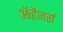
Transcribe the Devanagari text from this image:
ॲव्हेंजर्स